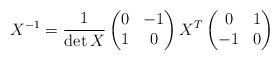
LaTeX: \begin{align*}X^{-1}=\frac{1}{\det X}\begin{pmatrix}0 & -1 \\ 1 & 0\end{pmatrix}X^T\begin{pmatrix}0 & 1 \\ -1 & 0\end{pmatrix}\end{align*}